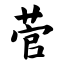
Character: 菅